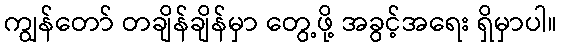
ကျွန်တော် တချိန်ချိန်မှာ တွေ့ဖို့ အခွင့်အရေး ရှိမှာပါ။